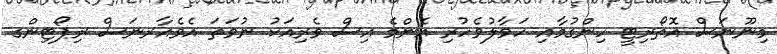
މިނޫނަސް އޮތޯރިޓީ ހިންގުމާއި ހަވާލުވެހުރި އެންމެ އިސް ވެރިއަކު ނުވަތަ އެވެއާރނަސް ރިޕޯޓިންގ